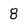
Character: 8